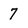
Character: 7